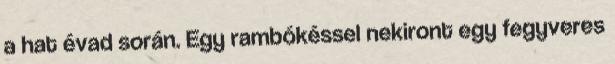
a hat évad során. Egy rambókéssel nekiront egy fegyveres